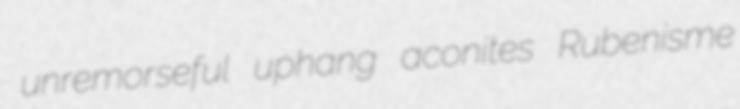
unremorseful uphang aconites Rubenisme